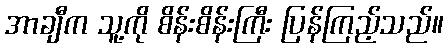
အာချီက သူ့ကို စိန်းစိန်းကြီး ပြန်ကြည့်သည်။